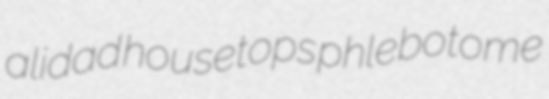
alidad housetops phlebotome